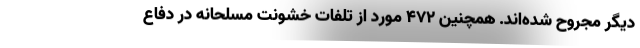
دیگر مجروح شده‌اند. همچنین ۴۷۲ مورد از تلفات خشونت مسلحانه در دفاع